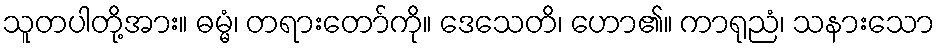
သူတပါတို့အား။ ဓမ္မံ၊ တရားတော်ကို။ ဒေသေတိ၊ ဟော၏။ ကာရုညံ၊ သနားသော